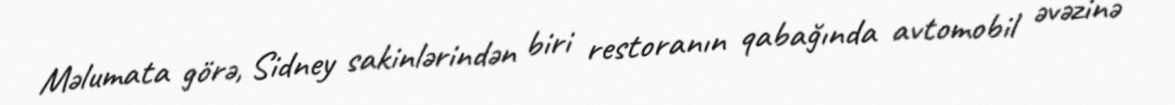
Məlumata görə, Sidney sakinlərindən biri restoranın qabağında avtomobil əvəzinə